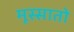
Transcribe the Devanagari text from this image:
मूस्सातो